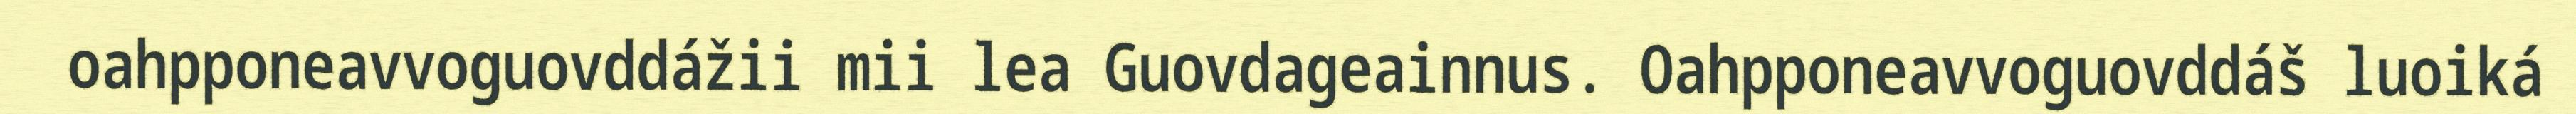
oahpponeavvoguovddážii mii lea Guovdageainnus. Oahpponeavvoguovddáš luoiká